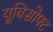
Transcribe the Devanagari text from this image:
यूबिसोफ्ट